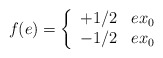
\begin{align*}f(e) = \left\{\begin{array}{ll}+1/2 & e x_0\\-1/2 & e x_0\\\end{array} \right.\end{align*}